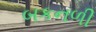
બકનળી